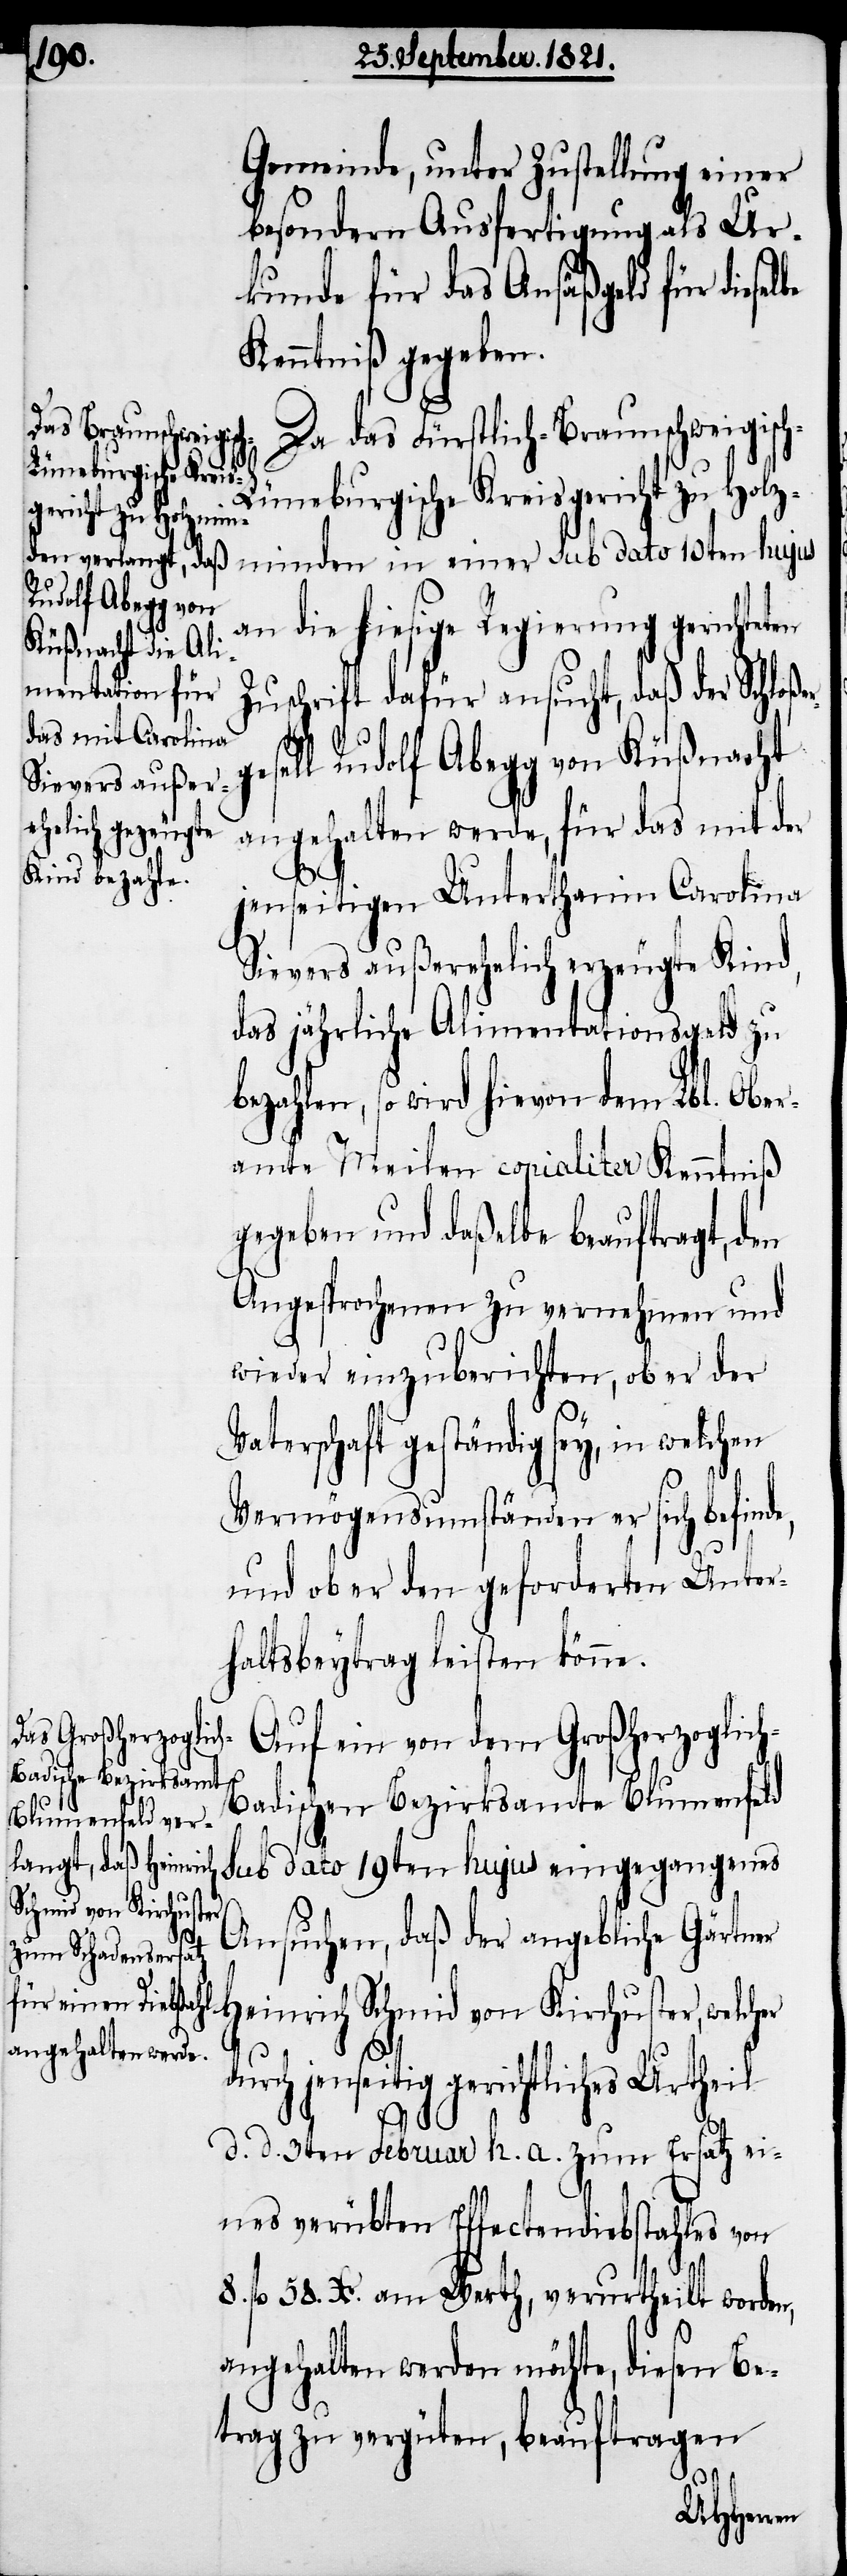
Gemeinde, unter Zustellung einer
besondern Ausfertigung als Ur¬
kunde für das Ansäßgeld für diesel¬
Kenntniß gegeben.
Da das Fürstlich-Braunschweigisc¬
h-Lünebergische Kreis¬
gericht zu Holzminden
n die hiesige Regierung gericht¬
Zuschrift dafür ansucht, daß der Schloß¬
sell Rudolf Abegg von Küßnacht
angehalten werde, für das mit der
jenseitigen Unterthanin Carolina
Sievers außerehelich gezeugte Kind,
das jährliche Alimentationsgeld zu
bezahlen, so wird hievon dem Lbl. Ober¬
amte Meilen copialiter Kenntniß
gegeben und daßelbe beauftragt, den
Angesprochenen zu vernehmen und
wieder einzuberichten, ob er der
Vaterschaft geständig sey, in welchen
Vermögensumständen er sich befinde,
und ob er den geforderten Unter¬
haltsbeytrag leisten könne.
Auf ein von dem Großherzoglic¬
h-Badischen Bezirksamte Blumenfeld
sub dato 19ten hujus eingegangenes
Ansuchen, daß der angebliche Gärtner
ge¬
in einer sub dato
Heinrich Schmid von Kirchuster, welcher
durch jenseitig gerichtliches Urtheil
d. d. 3ten Februar h. a. zum Ersatz von
8. fl. 58. Xr. am Werth, verurtheilt worden,
angehalten werden möchte, diesen Be¬
trag zu vergüten, beauftragen